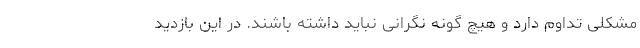
مشکلی تداوم دارد و هیچ گونه نگرانی نباید داشته باشند. در این بازدید